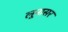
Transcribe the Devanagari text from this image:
लूनासर